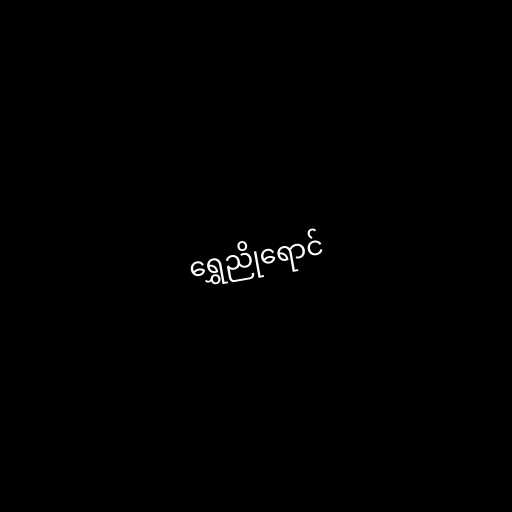
ရွှေညိုရောင်